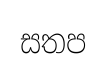
සතප